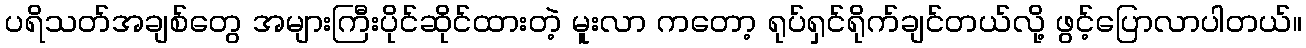
ပရိသတ်အချစ်တွေ အများကြီးပိုင်ဆိုင်ထားတဲ့ မူးလာ ကတော့ ရုပ်ရှင်ရိုက်ချင်တယ်လို့ ဖွင့်ပြောလာပါတယ်။